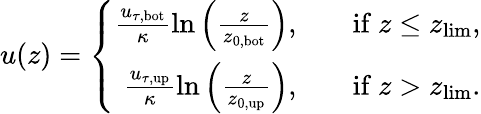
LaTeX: u(z)=\left\{ \begin{array}{rlr}{\frac{u_{\tau,\mathrm{bot}}}{\kappa}\ln\left(\frac{z}{z_{0,\mathrm{bot}}}\right),}&{}&{\mathrm{if}\ z\leq z_{\mathrm{lim}},}\\ {\frac{u_{\tau,\mathrm{up}}}{\kappa}\ln\left(\frac{z}{z_{0,\mathrm{up}}}\right),}&{}&{\mathrm{if}\ z>z_{\mathrm{lim}}.}\end{array}\right.